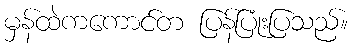
မှန်ထဲကကောင်တ ပြန်ပြုံးပြသည်။